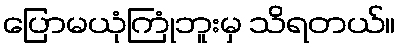
ပြောမယုံကြုံဘူးမှ သိရတယ်။